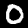
Label: 0